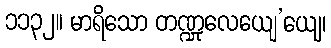
၁၁၃၂။ မာရိသော တဏ္ဍုလေယျေ’ယျေ၊